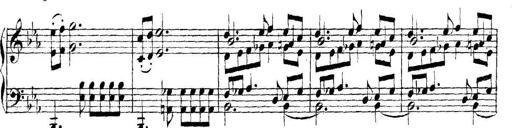
Title: Collected Piano Sonatas
Composer: Muzio Clementi